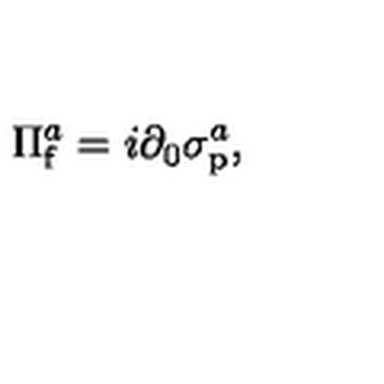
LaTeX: \Pi _ { \mathrm { f } } ^ { a } = i \partial _ { 0 } \sigma _ { \mathrm { p } } ^ { a } ,